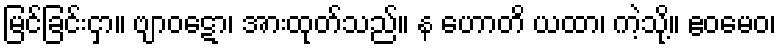
မြင်ခြင်းငှာ။ ဗျာဝဋော၊ အားထုတ်သည်။ န ဟောတိ ယထာ၊ ကဲ့သို့။ ဧဝမေဝ၊